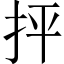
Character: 抨